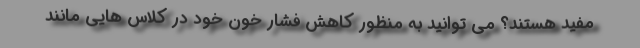
مفید هستند؟ می توانید به منظور کاهش فشار خون خود در کلاس‌ هایی مانند